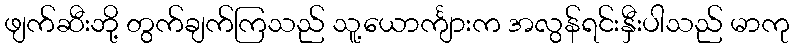
ဖျက်ဆီးဘို့ တွက်ချက်ကြသည် သူ့ယောင်္ကျားက အလွန်ရင်းနှီးပါသည် မာကု